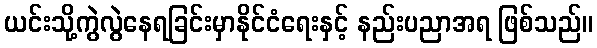
ယင်းသို့ကွဲလွဲနေရခြင်းမှာနိုင်ငံရေးနှင့် နည်းပညာအရ ဖြစ်သည်။